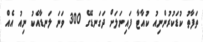
ތަފާތު ކުޑަކުރުންނިއު ކުއާޓާ ފައިނަލަށް ދަގަނޑޭގެ 300 ވަނަ ލަނޑާއެކު ނިއު އެއް